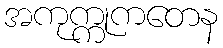
အကုက္ကုကတေန